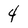
Character: 4